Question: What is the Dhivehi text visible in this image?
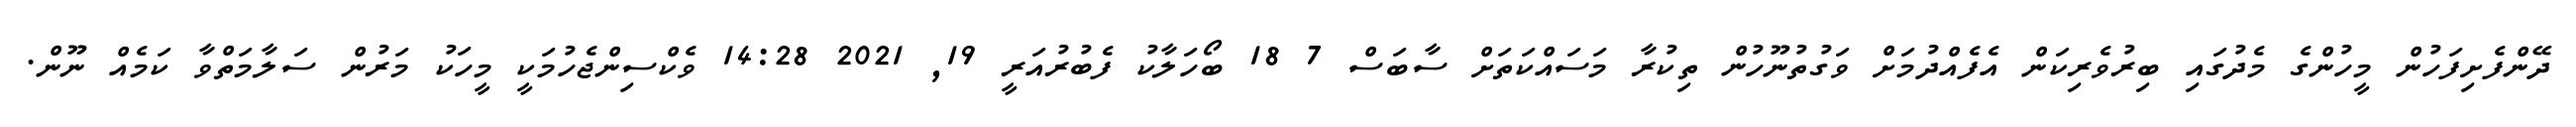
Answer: ދޭންފެށިފަހުން މީހުންގެ މެދުގައި ބިރުވެރިކަން އެފެއްދުމަށް ވަގުތުނޫހުން ތިކުރާ މަސައްކަތަށް ސާބަސް 7 18 ބޯހަލާކު ފެބުރުއަރީ 19, 2021 14:28 ވެކްސިންޖެހުމަކީ މީހަކު މަރުން ސަލާމަތްވާ ކަމެއް ނޫން.